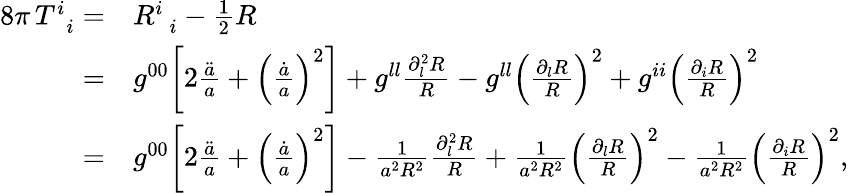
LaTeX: \begin{array}{rl}{8\pi\, T_{\, \, \, i}^{i}=}&{R_{\, \, \, i}^{i}-\frac{1}{2}R}\\ {=}&{g^{00}\bigg[2\frac{\ddot{a}}{a}+\left(\frac{\dot{a}}{a}\right)^{2}\bigg]+g^{ll}\frac{\partial_{l}^{2}R}{R}-g^{ll}\left(\frac{\partial_{l}R}{R}\right)^{2}+g^{ii}\left(\frac{\partial_{i}R}{R}\right)^{2}}\\ {=}&{g^{00}\bigg[2\frac{\ddot{a}}{a}+\left(\frac{\dot{a}}{a}\right)^{2}\bigg]-\frac{1}{a^{2}R^{2}}\frac{\partial_{l}^{2}R}{R}+\frac{1}{a^{2}R^{2}}\left(\frac{\partial_{l}R}{R}\right)^{2}-\frac{1}{a^{2}R^{2}}\left(\frac{\partial_{i}R}{R}\right)^{2},}\end{array}